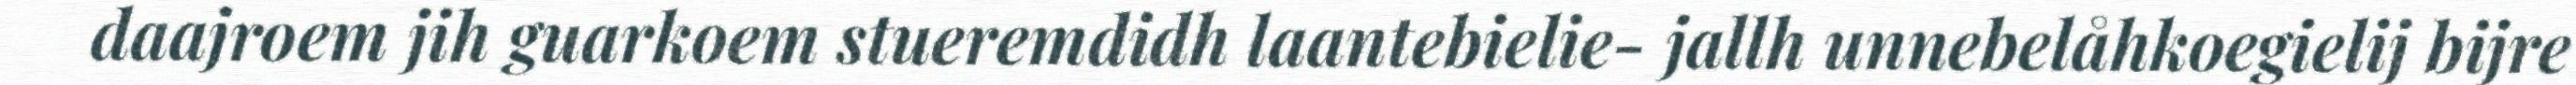
daajroem jih guarkoem stueremdidh laantebielie- jallh unnebelåhkoegielij bijre